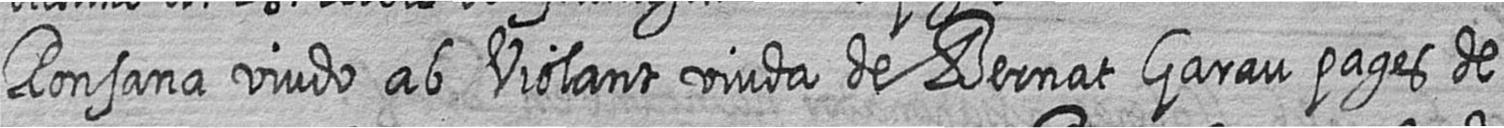
Ronsana viudo ab Violant viuda de Bernat Garau pages de